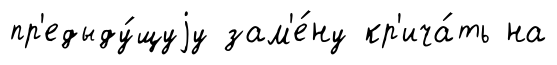
пр'едыду́щуjу зам'е́ну кр'ича́ть на